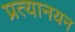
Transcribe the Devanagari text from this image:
प्रत्यानयन